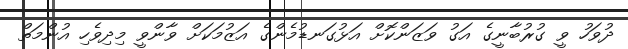
ދުވަހު ވީ ގުރުބާނީގެ އަގު ވަޒަންކޮށް އަޅުގަނޑުމެންގެ އަޒުމަކަށް ވާންވީ މިދިވެހި އުންމަތް